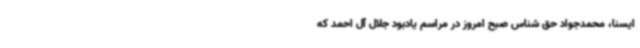
ایسنا، محمدجواد حق شناس صبح امروز در مراسم یادبود جلال آل احمد که